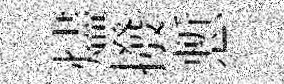
燼撥慙